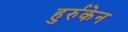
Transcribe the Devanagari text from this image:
हुर्रुकेन